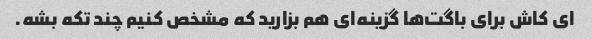
ای کاش برای باگت‌ها گزینه‌ای هم بزارید که مشخص کنیم چند تکه بشه.